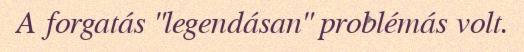
A forgatás "legendásan" problémás volt.